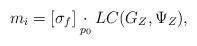
LaTeX: \begin{align*}m_i =[\sigma_{f}] \underset{p_0}{\cdot} LC(G_Z,\Psi_Z),\end{align*}